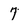
Character: 7